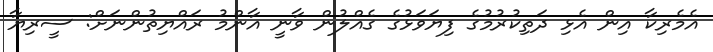
އެމެރިކާ އިން އެޅި ދަތިކުރުމުގެ ފިޔަވަޅުގެ ގެއްލުން ވާނީ އާންމު ރައްޔިތުންނަށް: ސީރިޔާ